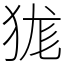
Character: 狵